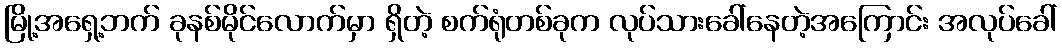
မြို့အရှေ့ဘက် ခုနစ်မိုင်လောက်မှာ ရှိတဲ့ စက်ရုံတစ်ခုက လုပ်သားခေါ်နေတဲ့အကြောင်း အလုပ်ခေါ်